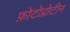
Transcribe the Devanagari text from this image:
फ़ोटोप्रोटीन